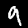
Digit: 9